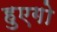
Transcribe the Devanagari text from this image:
हुएगो